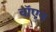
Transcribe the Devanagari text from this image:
वॉएन